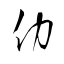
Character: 仂